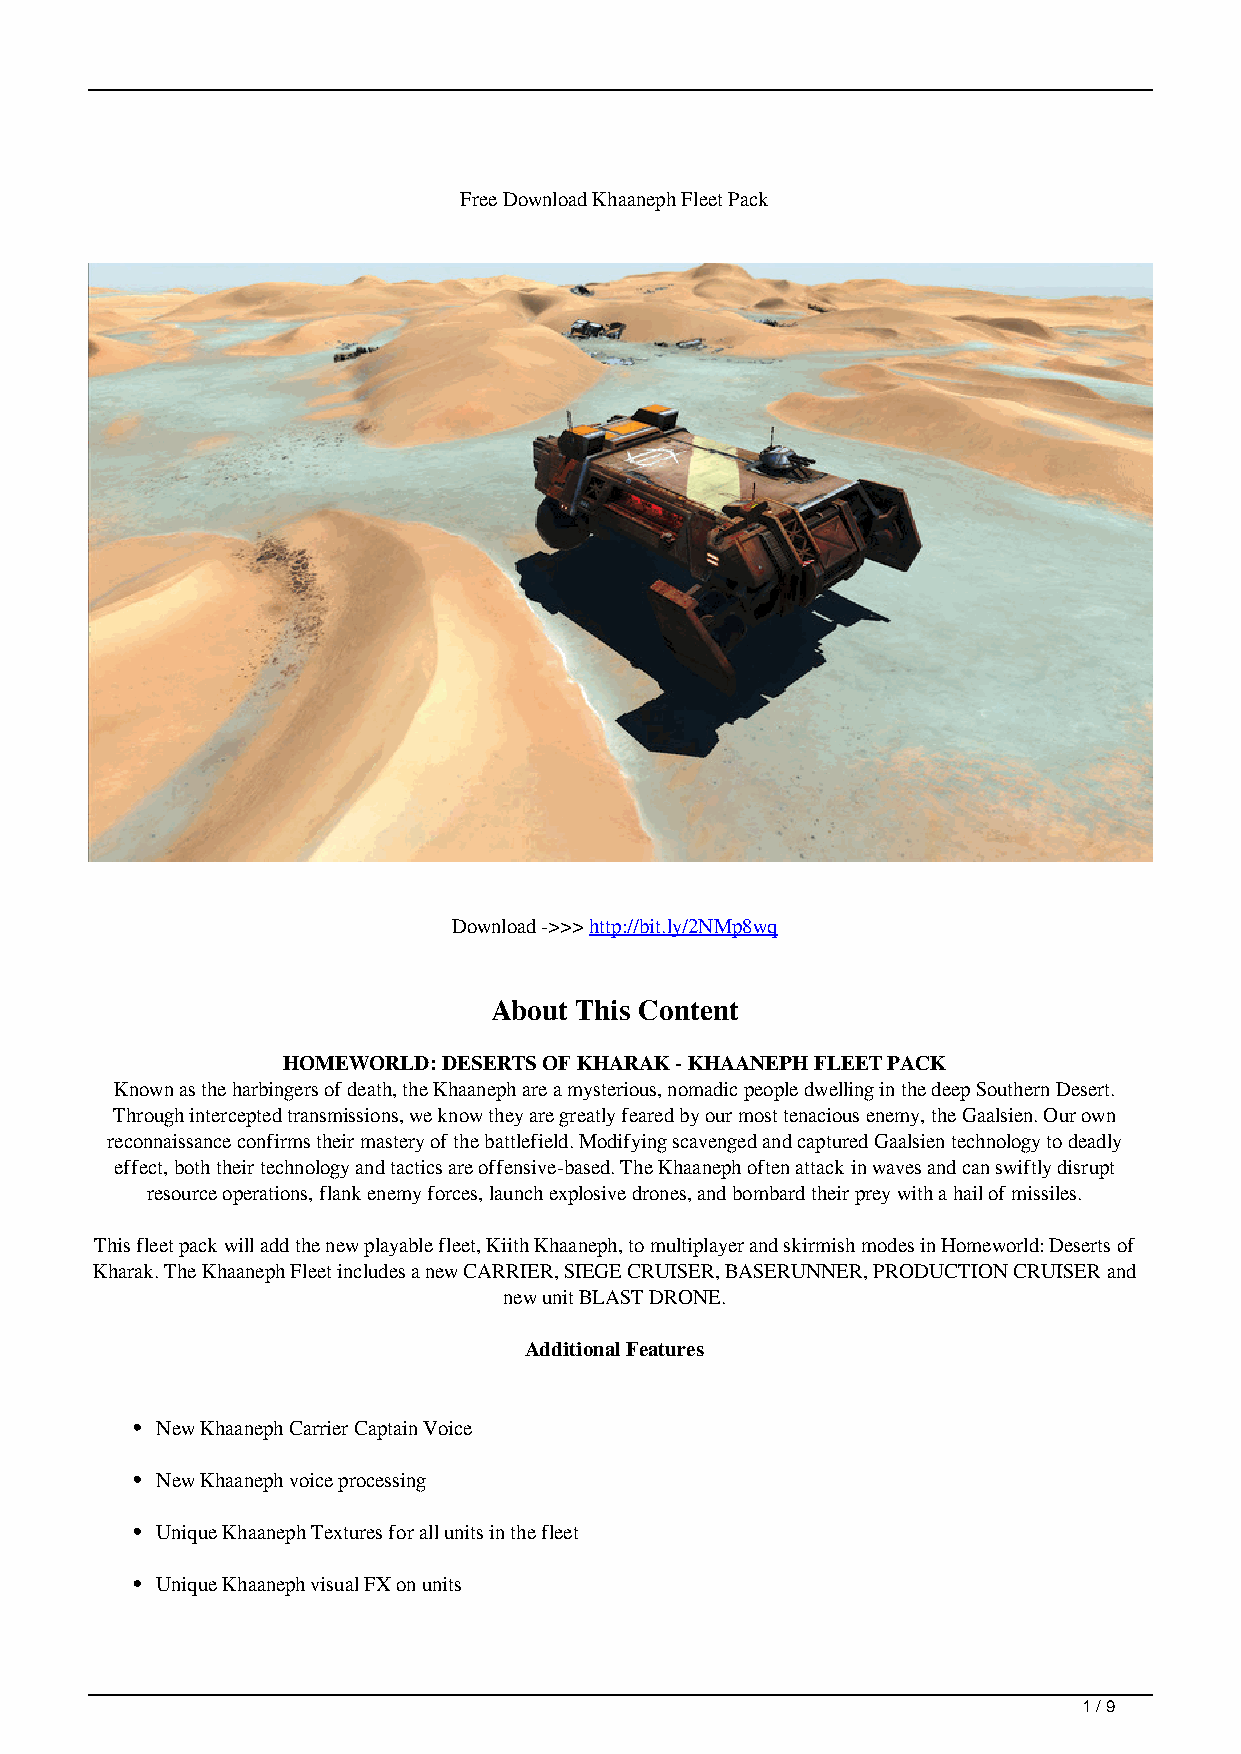
Free Download Khaaneph Fleet Pack
 Download ->>> http://bit.ly/2NMp8wq
 About This Content
 HOMEWORLD: DESERTS OF KHARAK - KHAANEPH FLEET PACK
 Known as the harbingers of death, the Khaaneph are a mysterious, nomadic people dwelling in the deep Southern Desert.
 Through intercepted transmissions, we know they are greatly feared by our most tenacious enemy, the Gaalsien. Our own
 reconnaissance confirms their mastery of the battlefield. Modifying scavenged and captured Gaalsien technology to deadly
 effect, both their technology and tactics are offensive-based. The Khaaneph often attack in waves and can swiftly disrupt
 resource operations, flank enemy forces, launch explosive drones, and bombard their prey with a hail of missiles.
 This fleet pack will add the new playable fleet, Kiith Khaaneph, to multiplayer and skirmish modes in Homeworld: Deserts of
 Kharak. The Khaaneph Fleet includes a new CARRIER, SIEGE CRUISER, BASERUNNER, PRODUCTION CRUISER and
 new unit BLAST DRONE.
 Additional Features
 New Khaaneph Carrier Captain Voice
 New Khaaneph voice processing
 Unique Khaaneph Textures for all units in the fleet
 Unique Khaaneph visual FX on units
 1 / 9